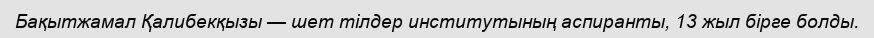
Бақытжамал Қалибекқызы — шет тілдер институтының аспиранты, 13 жыл бірге болды.